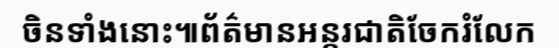
ចិនទាំងនោះ៕ព័ត៌មានអន្តរជាតិចែករំលែក